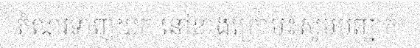
តំណរទាញយក នៅខាងក្រោម៖សូមបញ្ជាក់